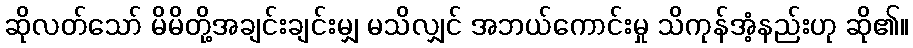
ဆိုလတ်သော် မိမိတို့အချင်းချင်းမျှ မသိလျှင် အဘယ်ကောင်းမှု သိကုန်အံ့နည်းဟု ဆို၏။